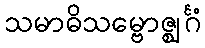
သမာဓိသမ္ဗောဇ္ဈင်္ဂံ